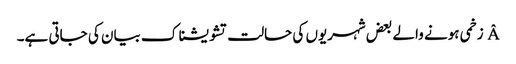
Â زخمی ہونے والے بعض شہریوں کی حالت تشویشناک بیان کی جاتی ہے۔